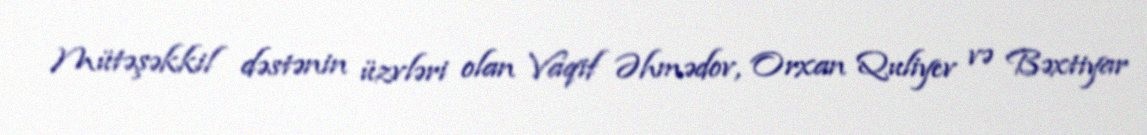
Mütəşəkkil dəstənin üzvləri olan Vaqif Əhmədov, Orxan Quliyev və Bəxtiyar